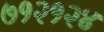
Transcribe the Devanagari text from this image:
७१२१२४